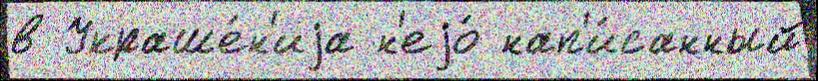
в Украше́н'иjа н'еjо́ нап'и́санный